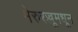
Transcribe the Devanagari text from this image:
मेरुरज्जूमधून